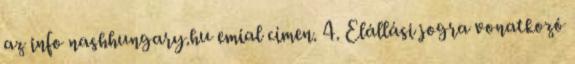
az info nashhungary.hu emial címen. 4. Elállási jogra vonatkozó